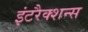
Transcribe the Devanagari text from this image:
इंटरैक्शन्स